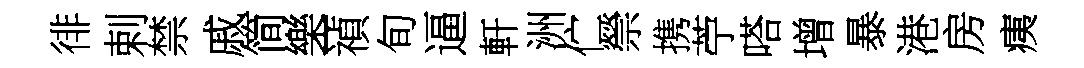
徘剌禁戚简樂-禎旬逼軒洲伫禜携苧嗒增暴港房痍